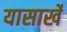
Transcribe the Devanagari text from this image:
यासार्खे